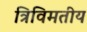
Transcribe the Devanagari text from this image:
त्रिविमतीय